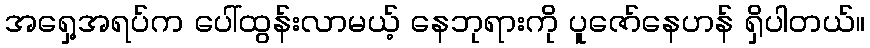
အရှေ့အရပ်က ပေါ်ထွန်းလာမယ့် နေဘုရားကို ပူဇော်နေဟန် ရှိပါတယ်။